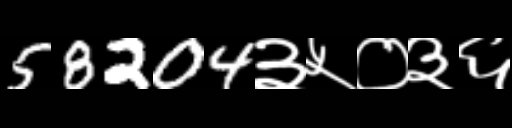
Text: 58204३५०३६